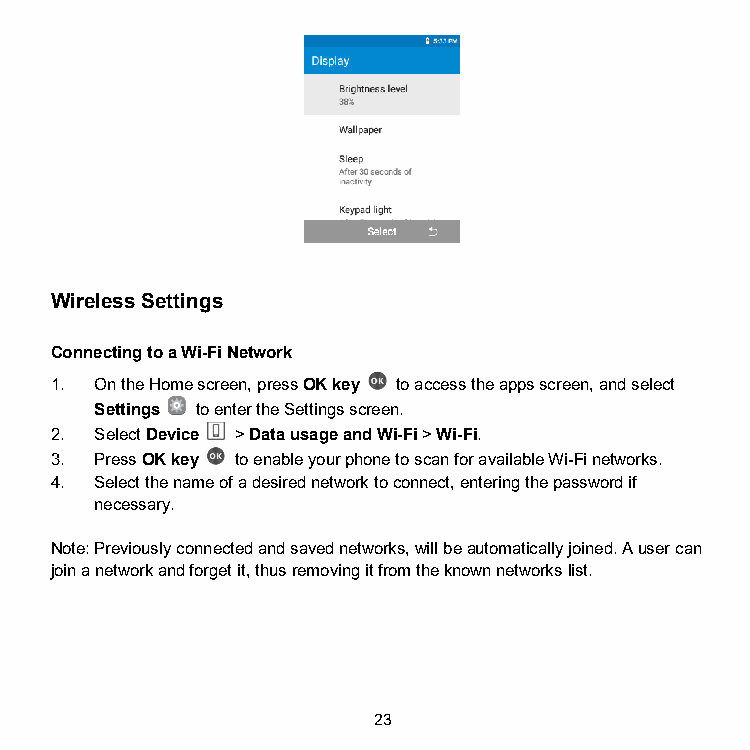
Wireless Settings
 Connecting to a Wi-Fi Network
 1. On the Home screen, press OK key to access the apps screen, and select
 Settings to enter the Settings screen.
 2. Select Device > Data usage and Wi-Fi > Wi-Fi.
 3. Press OK key to enable your phone to scan for available Wi-Fi networks.
 4. Select the name of a desired network to connect, entering the password if
 necessary.
 Note: Previously connected and saved networks, will be automatically joined. A user can
 join a network and forget it, thus removing it from the known networks list.
 23